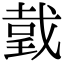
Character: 𢧜